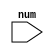
module odd_number(
  input [7:0] num
);

always @(*) // Line labeled
begin
  if (num % 2 == 1)
    $display("The number is an odd number: %d", num); 
  else
    $display("The number is not an odd number: %d", num); 
end

endmodule